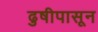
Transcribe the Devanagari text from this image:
ढुषीपासून